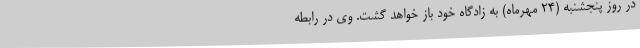
در روز پنجشنبه (24 مهرماه) به زادگاه خود باز خواهد گشت. وی در رابطه